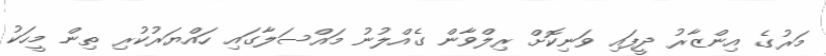
މަރުގެ އިންޒާރު ދީފައި ވަނިކޮށް ރިލްވާން ގެއްލުނު މައްސަލާގައި ހައްޔަރުކުރި ތިން މީހަކު